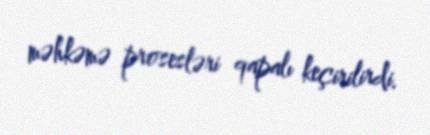
məhkəmə prosesləri qapalı keçirilirdi.